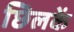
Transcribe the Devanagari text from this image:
छिलकें